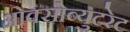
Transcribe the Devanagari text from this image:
ओक्सोब्युटरेट